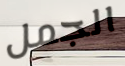
الجمل